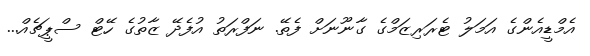
އެމްޑީއެންގެ އަމަލު ޓެރަރިޒަމްގެ ގާނޫނަށް ފެތޭ. ނަފްރަތު އުފެދޭ ޒާތުގެ ހޭޓް ސްޕީޗެއް...